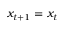
x _ { t + 1 } = x _ { t }